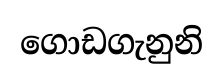
ගොඩගැනුනි